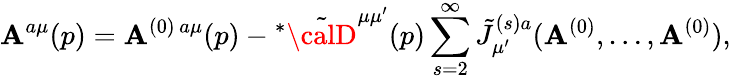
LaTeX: \mathbf{A}^{a\mu}(p)=\mathbf{A}^{(0)\, a\mu}(p)-\! \, ^{\ast}\tilde{{\calD}}^{\mu\mu^{\prime}}(p)\sum_{s=2}^{\infty}\tilde{{J}}_{\mu^{\prime}}^{(s)a}(\mathbf{A}^{(0)},\ldots,\mathbf{A}^{(0)}),